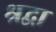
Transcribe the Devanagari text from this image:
श्रद्वा